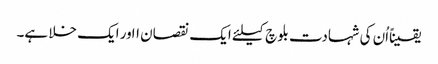
یقیناًاُن کی شہادت بلوچ کیلئے ایک نقصان ااور ایک خلا ہے۔